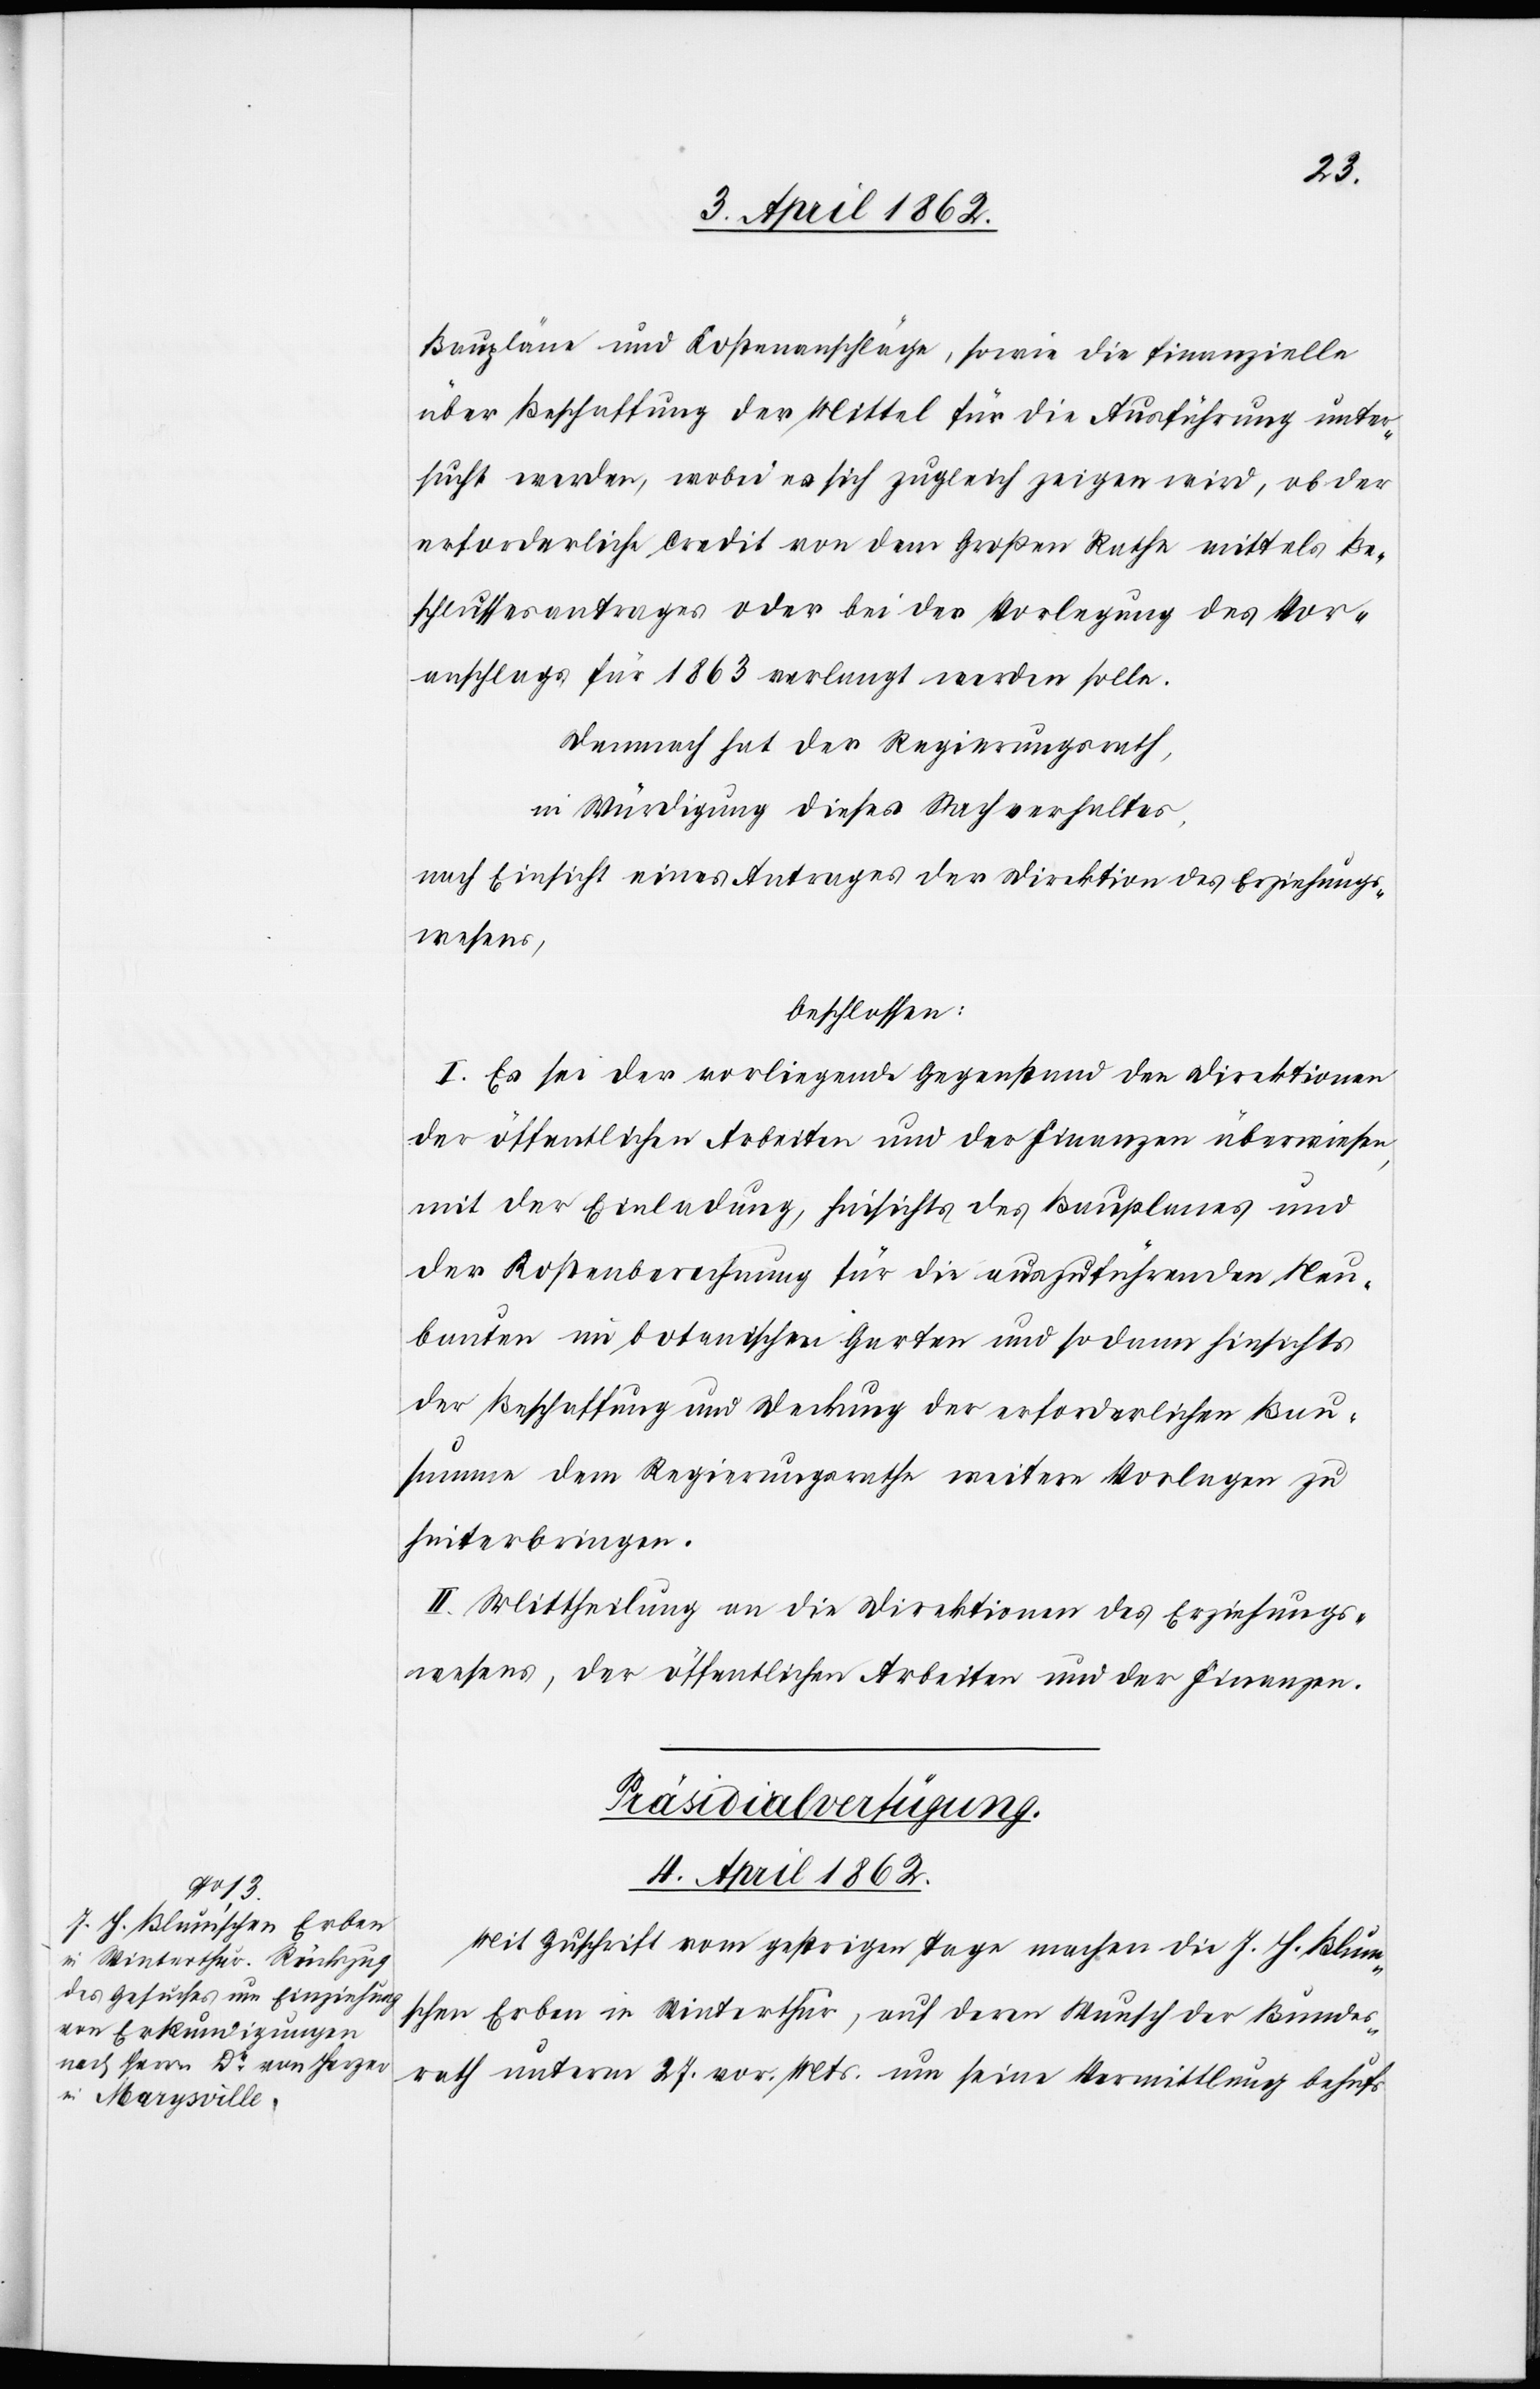
Baupläne und Kostenanschläge, sowie die finanzielle
über Beschaffung der Mittel für die Ausführung unter¬
sucht werden, wobei es sich zugleich zeigen wird, ob der
erforderliche Credit von dem Großen Rathe mittelst Be¬
schlussesantrages oder bei der Vorlegung des Vor¬
anschlags für 1863 verlangt werden solle.
Demnach hat der Regierungsrath,
in Würdigung dieses Sachverhaltes,
in Einsicht eines Antrages der Direktion des Erziehungs¬
wesens,
beschlossen:
I. Es sei der vorliegende Gegenstand den Direktionen
der öffentlichen Arbeiten und der Finanzen überwiesen,
mit der Einladung, hinsichts des Bauplanes und
der Kostenberechnung für die auszuführenden Neu¬
bauten im botanischen Garten und sodann hinsichts
der Beschaffung und Weckung der erforderlichen Bau¬
summe dem Regierungsrathe weitere Vorlagen zu
hinterbringen.
II. Mittheilung an die Direktionen des Erziehungs¬
wesens, der öffentlichen Arbeiten und der Finanzen.
Präsidialverfügung.
4. April 1862.
Mit Zuschrift vom gestrigen Tage machen die J. H. Blunt¬
schen Erben in Winterthur, auf deren Wunsch der Bundes¬
rath unterm 27. vor. Mts. um seine Vermittlung behufs